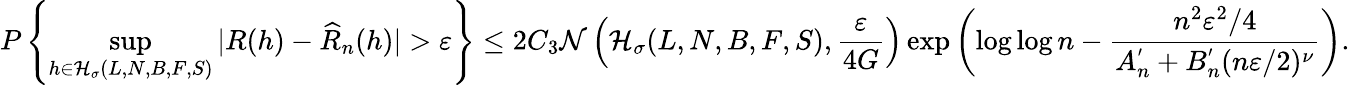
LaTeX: P\left\{ \underset{h\in\mathcal{H}_{\sigma}(L,N,B,F,S)}{\operatorname*{sup}}|R(h)-\widehat{R}_{n}(h)|>\varepsilon\right\} \leq 2C_{3}\mathcal{N}\left(\mathcal{H}_{\sigma}(L,N,B,F,S),\frac{\varepsilon}{4G}\right)\exp\left(\log\log n-\frac{n^{2}\varepsilon^{2}/4}{A_{n}^{'}+B_{n}^{'}(n\varepsilon/2)^{\nu}}\right).